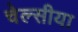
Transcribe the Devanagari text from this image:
चेल्सीया